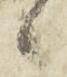
候